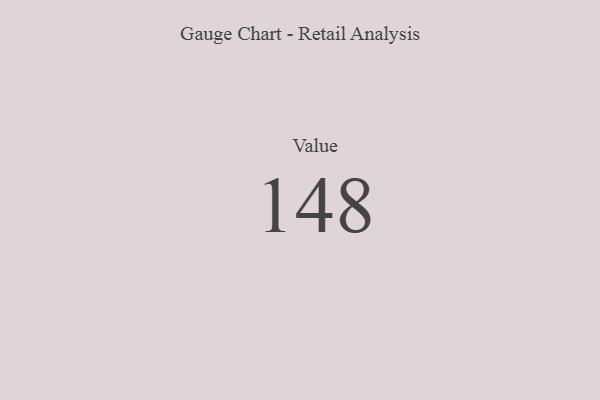
{"axis": {"x": "Metric", "y": "Value"}, "legend": [""], "data": [{"x": "Value", "y": 148, "type": ""}]}